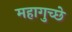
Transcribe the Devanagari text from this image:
महागुच्छे